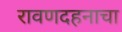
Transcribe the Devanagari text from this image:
रावणदहनाचा